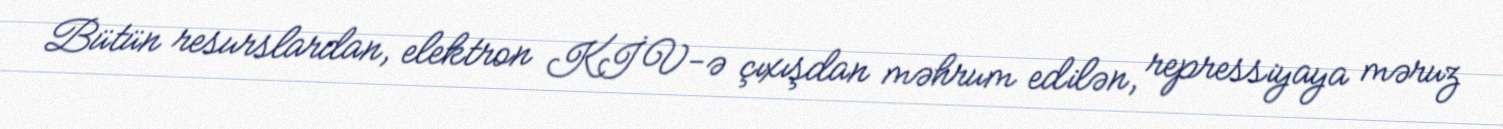
Bütün resurslardan, elektron KİV-ə çıxışdan məhrum edilən, repressiyaya məruz